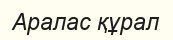
Аралас құрал